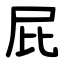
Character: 屁